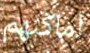
أماكنهم